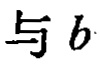
与 \(b\)